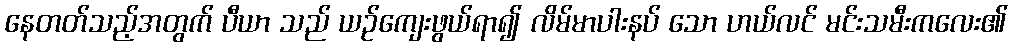
နေတတ်သည့်အတွက် ပီယာ သည် ယဉ်ကျေးဖွယ်ရာ၍ လိမ်မာပါးနပ် သော ဟယ်လင် မင်းသမီးကလေး၏